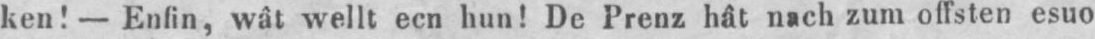
ken! - Enfin, wât wellt ecn hun! De Prenz hât nach zum offsten esuo